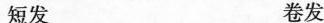
短发 卷发